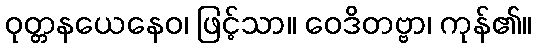
ဝုတ္တနယေနေဝ၊ ဖြင့်သာ။ ဝေဒိတဗ္ဗာ၊ ကုန်၏။